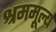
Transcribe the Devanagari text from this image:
श्रममूल्य